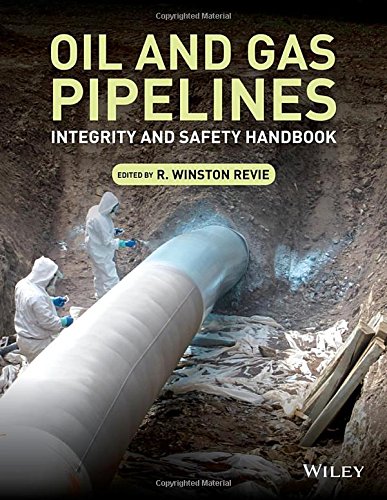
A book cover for Oil and Gas Pipelines: Integrity and Safety Handbook; R. Winston Revie; Engineering & Transportation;